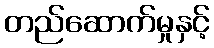
တည်ဆောက်မှုနှင့်